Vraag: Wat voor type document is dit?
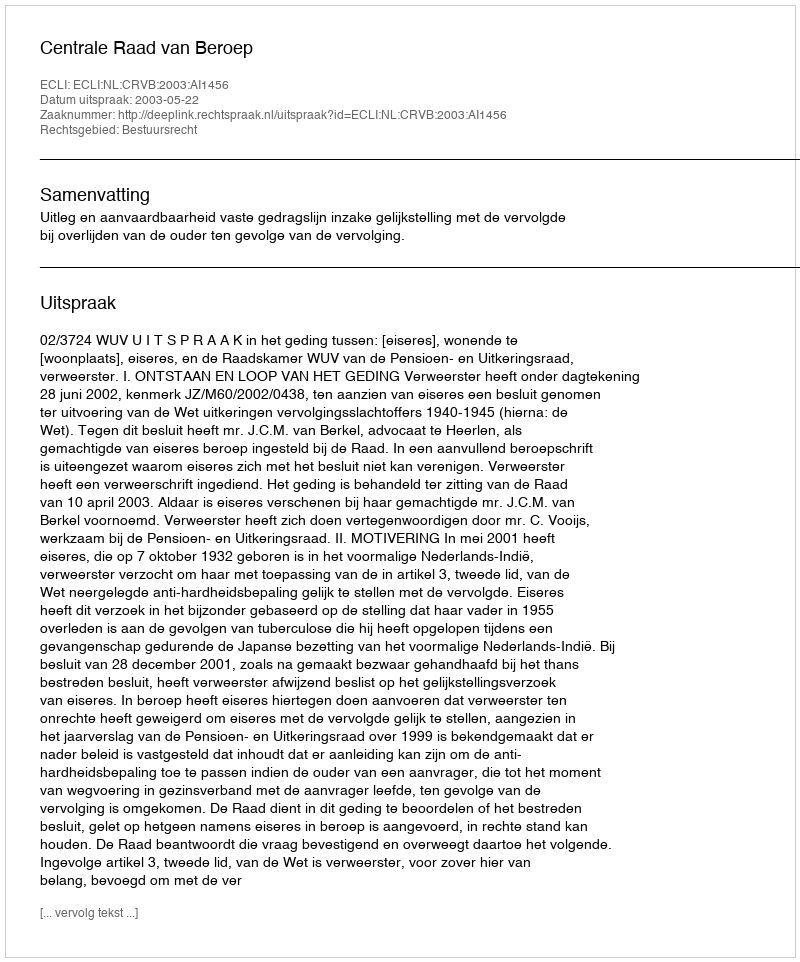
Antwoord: Uitspraak